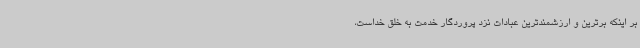
بر اینکه برترین و ارزشمندترین عبادات نزد پروردگار خدمت به خلق خداست،